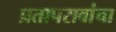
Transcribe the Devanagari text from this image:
प्रतापरावांचा